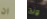
ان ونج